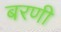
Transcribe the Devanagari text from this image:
बरणी